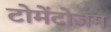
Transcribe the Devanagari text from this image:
टोमेंटोजम